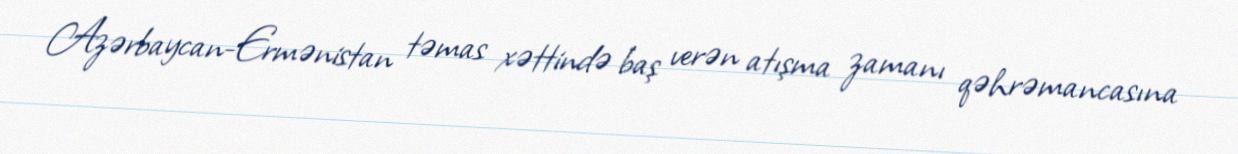
Azərbaycan-Ermənistan təmas xəttində baş verən atışma zamanı qəhrəmancasına